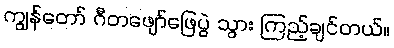
ကျွန်တော် ဂီတဖျော်ဖြေပွဲ သွား ကြည့်ချင်တယ်။